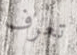
تعرف